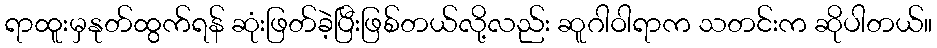
ရာထူးမှနုတ်ထွက်ရန် ဆုံးဖြတ်ခဲ့ပြီးဖြစ်တယ်လို့လည်း ဆူဂါဝါရာက သတင်းက ဆိုပါတယ်။